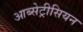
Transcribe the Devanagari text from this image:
आब्सेट्रीसियन